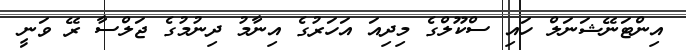
އިންޓަނޭޝަނަލް ހައި ސްކޫލްގެ މިދިއަ އަހަރުގެ އިނާމު ދިނުމުގެ ޖަލްސާ ރޭ ވަނީ